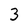
Character: 3